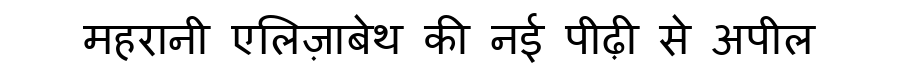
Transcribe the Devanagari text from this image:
महरानी एलिज़ाबेथ की नई पीढ़ी से अपील